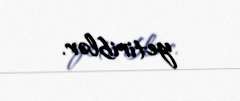
yetiriblər.